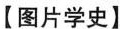
【图片学史】